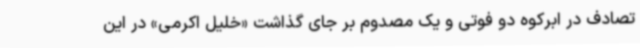
تصادف در ابرکوه دو فوتی و یک مصدوم بر جای گذاشت «خلیل اکرمی» در این